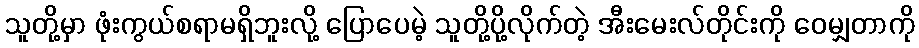
သူတို့မှာ ဖုံးကွယ်စရာမရှိဘူးလို့ ပြောပေမဲ့ သူတို့ပို့လိုက်တဲ့ အီးမေးလ်တိုင်းကို ဝေမျှတာကို